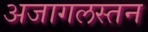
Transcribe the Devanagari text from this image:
अजागलस्तन